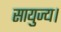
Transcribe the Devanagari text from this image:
सायुज्य।